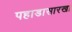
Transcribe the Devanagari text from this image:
पहाडासारखा